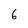
Character: 6